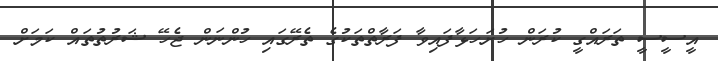
އީސީސީ ތަރައްގީ ކުރަން ހުށަހަޅާފައިވާ ފަރާތްތަކުގެ ތެރޭގައި ހުންނަން ޖެހޭ ޝަރުތުތައް ކަމަށް